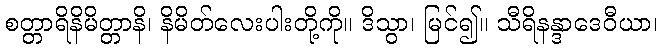
စတ္တာရိနိမိတ္တာနိ၊ နိမိတ်လေးပါးတို့ကို။ ဒိသွာ၊ မြင်၍။ သီရိနန္ဒာဒေဝီယာ၊